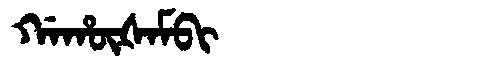
Manchu: ᡤᠠᡥᡡᡧᠠᠮᠪᡳ
Romanization: GAHŪŠAMBI